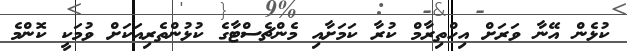
ކުޅެން އޭނާ ވަރަށް އިހްތިރާމް ކުރާ ކަމަށާއި މެންޗެސްޓާގެ ކުޅުންތެރިއަކަށް ވުމަކީ ކޮންމެ